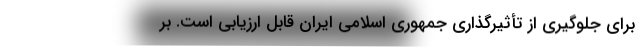
برای جلوگیری از تأثیرگذاری جمهوری اسلامی ایران قابل ارزیابی است. بر